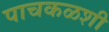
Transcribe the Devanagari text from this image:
पाचकळशी